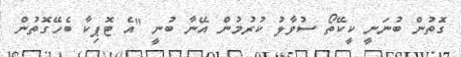
ގޮތުން ބުނަނީ ކީކޭތޯ ސުވާލު ކުރުމުން އޭނާ ބުނީ "އެ ޓޮޕިކާ ބެހޭގޮތުން